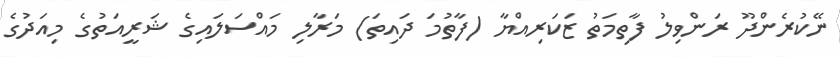
ނޭކުރެންދޫ ރަންވިލު ފާތިމަތު ޒަކަރިއްޔާ (ފާތުމަ ދައިތަ) މަރާލި މައްސަލައިގެ ޝަރީއަތުގެ މިއަދުގެ